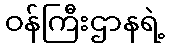
ဝန်ကြီးဌာနရဲ့